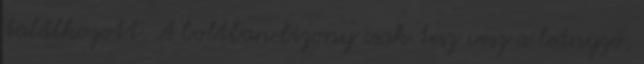
találkozott. A boltban bizony csak tesz vesz a leányzó,